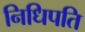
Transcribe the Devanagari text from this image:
निधिपति